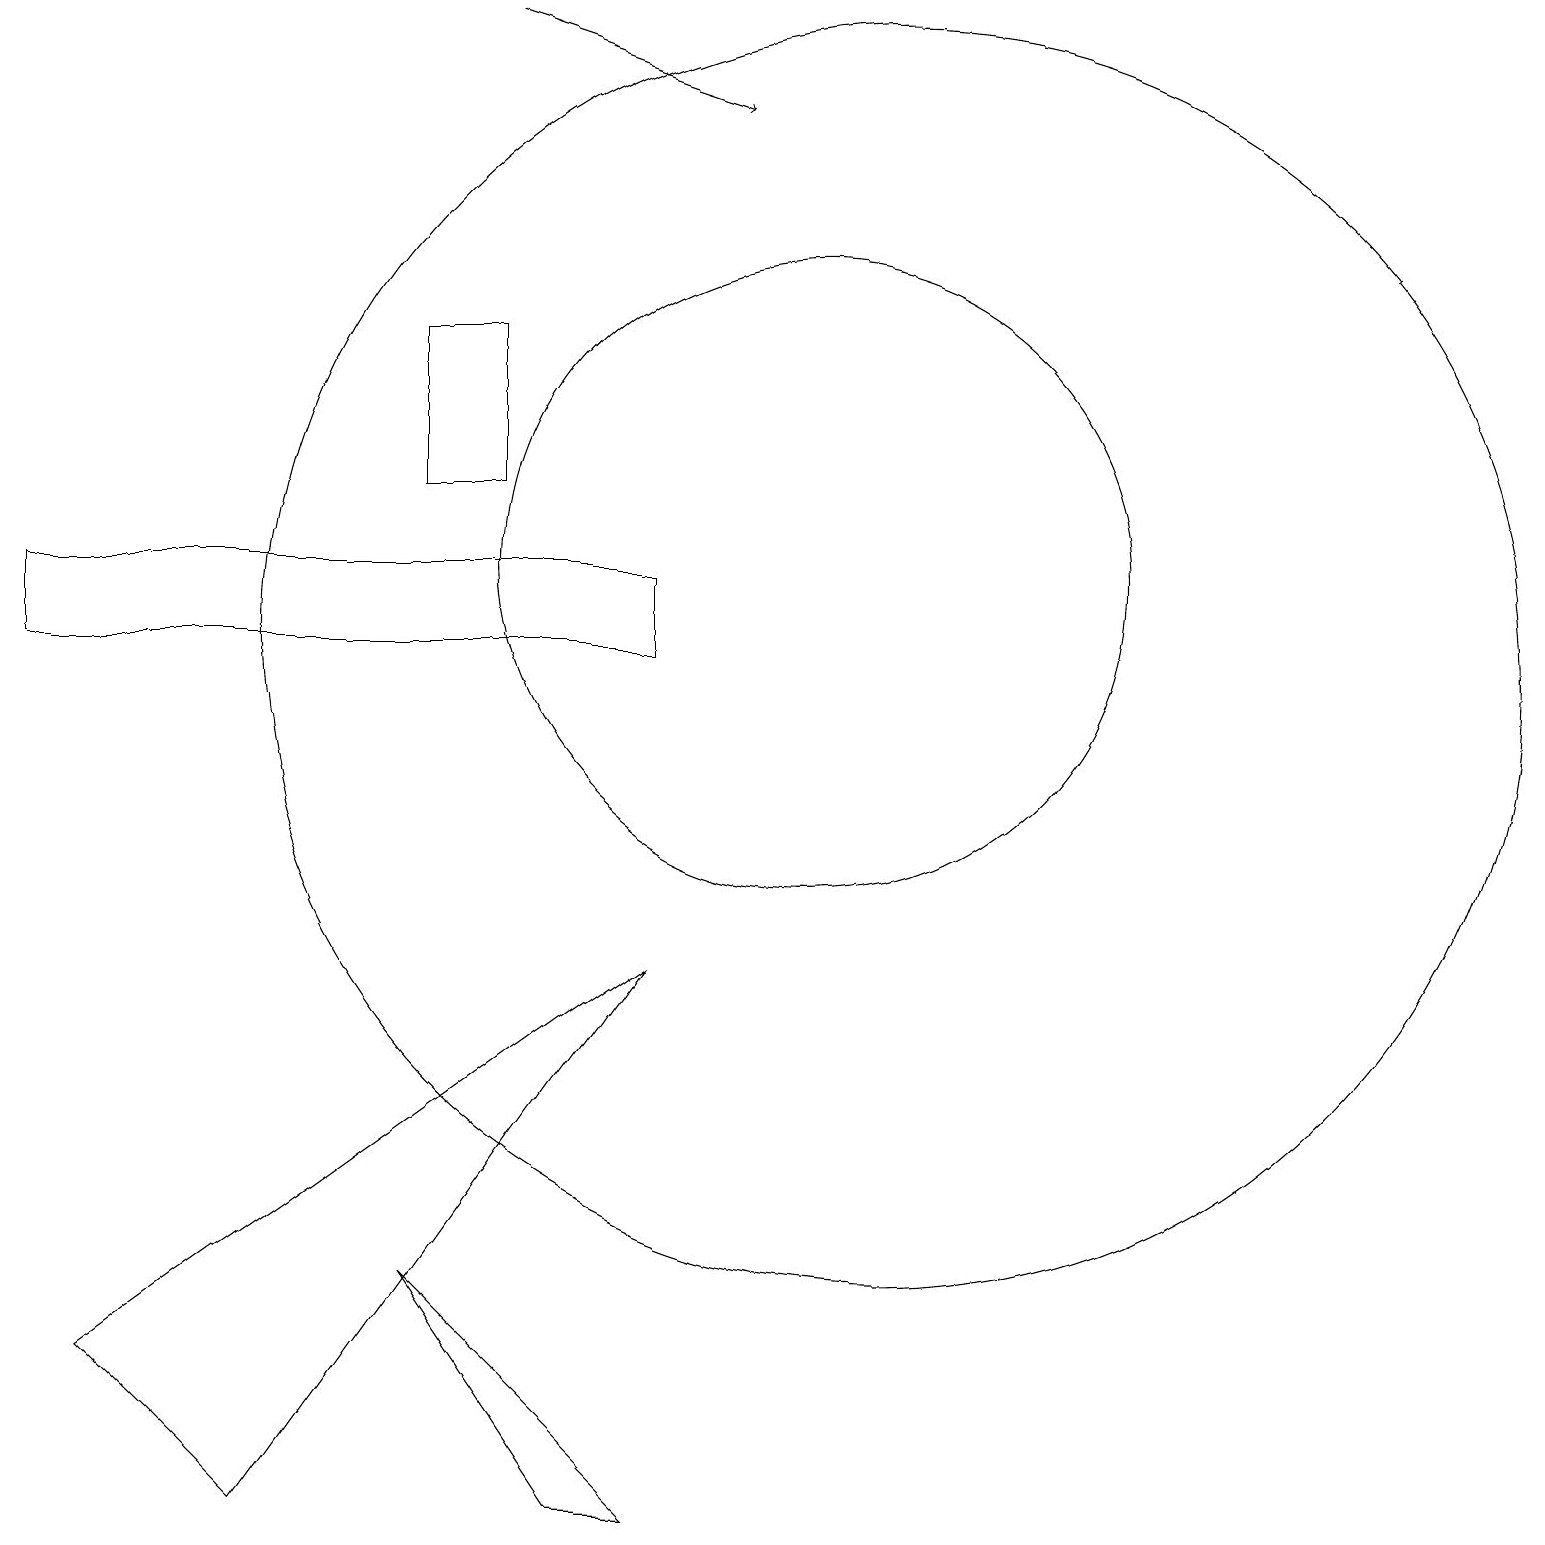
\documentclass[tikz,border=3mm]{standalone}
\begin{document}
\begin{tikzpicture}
\draw (10,12) circle (4);
\draw (11,11) circle (8);
\draw (8,7) -- (3,0) -- (1,2) -- cycle;
\draw (8,0) -- (5,3) -- (7,0) -- cycle;
\draw (6,15) rectangle (5,13);
\draw (12,10) circle (0);
\draw (0,11) rectangle (8,12);
\draw[->] (6,19) -- (9,18);
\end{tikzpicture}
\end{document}